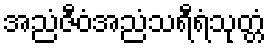
အညံဇီဝံအညံသရီရံသုတ္တံ